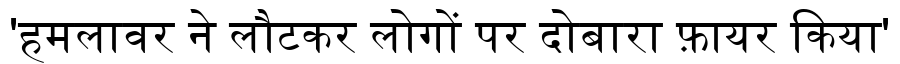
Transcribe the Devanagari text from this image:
'हमलावर ने लौटकर लोगों पर दोबारा फ़ायर किया'